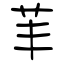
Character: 䒠